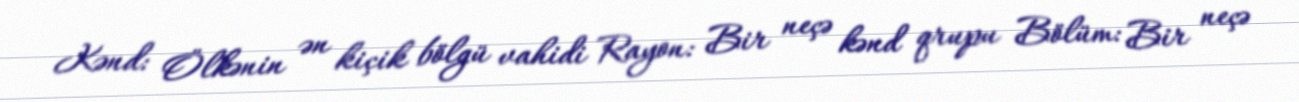
Kənd: Ölkənin ən kiçik bölgü vahidi Rayon: Bir neçə kənd qrupu Bölüm: Bir neçə